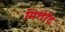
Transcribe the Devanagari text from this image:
मित्तेर्रंद